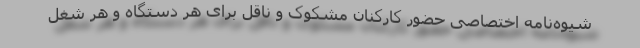
شیوه‌نامه اختصاصی حضور کارکنان مشکوک و ناقل برای هر دستگاه و هر شغل